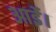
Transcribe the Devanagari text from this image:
आईे।